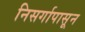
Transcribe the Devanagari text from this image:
निसर्गापासून